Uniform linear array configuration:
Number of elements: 32
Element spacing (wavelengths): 0.5
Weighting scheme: binomial
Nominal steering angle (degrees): -60
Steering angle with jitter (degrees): -60.73
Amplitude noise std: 0.05
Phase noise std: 0.05

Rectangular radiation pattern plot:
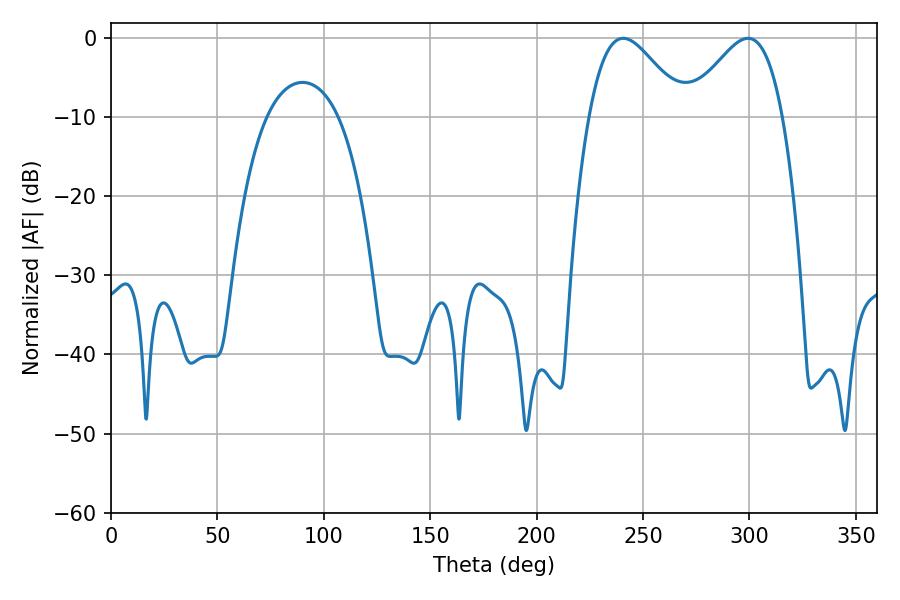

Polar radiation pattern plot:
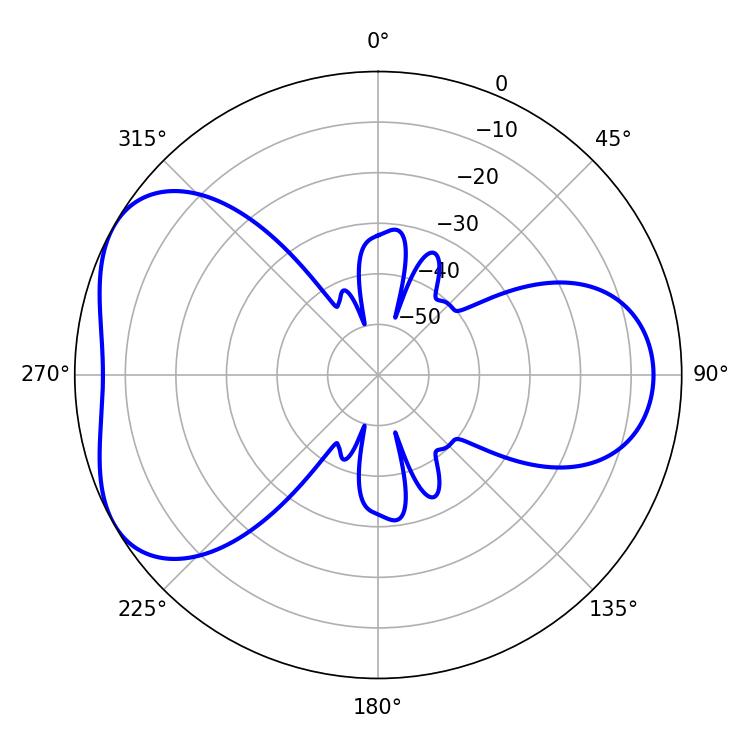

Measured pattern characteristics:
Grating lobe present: FALSE
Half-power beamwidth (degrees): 23.94
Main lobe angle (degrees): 240.66